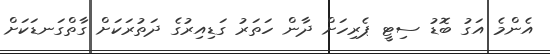
އެންމެ އަގު ބޮޑު ސިޓީ ޕެރިހަށް ދާން ހަތަރު ގަޑިއިރުގެ ދަތުރަކަށް ގާތްގަނޑަކަށް